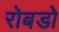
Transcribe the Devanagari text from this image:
रोबडो